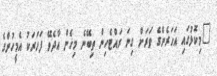
"މިކޮޅުގައި އަހަރެންގެ ވަރަށް ގިނަ ރައްޓެހިން ތިބޭނެ މިހެން އާދެވޭ ފަހަރަކު އެމީހުންގެ